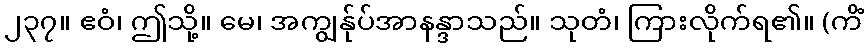
၂၃၇။ ဧဝံ၊ ဤသို့။ မေ၊ အကျွန်ုပ်အာနန္ဒာသည်။ သုတံ၊ ကြားလိုက်ရ၏။ (ကိံ